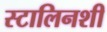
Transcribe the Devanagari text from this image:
स्टालिनशी